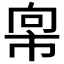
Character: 𫷇